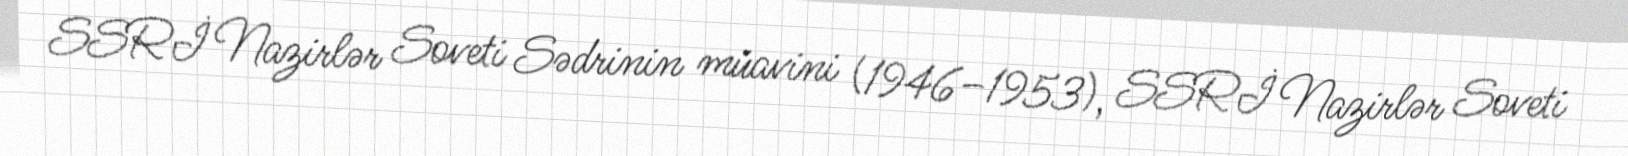
SSRİ Nazirlər Soveti Sədrinin müavini (1946–1953), SSRİ Nazirlər Soveti